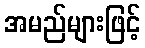
အမည်များဖြင့်